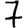
Digit: 7